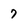
Character: 7